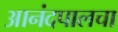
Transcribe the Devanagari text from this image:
आनंदपालचा